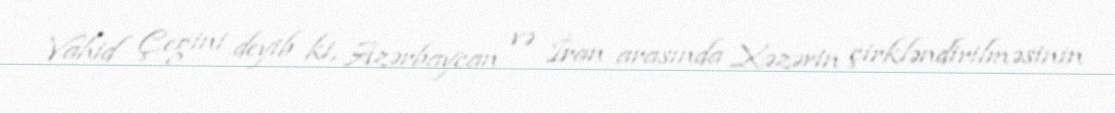
Vahid Çegini deyib ki, Azərbaycan və İran arasında Xəzərin çirkləndirilməsinin